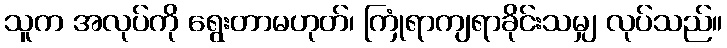
သူက အလုပ်ကို ရွေးတာမဟုတ်၊ ကြုံရာကျရာခိုင်းသမျှ လုပ်သည်။